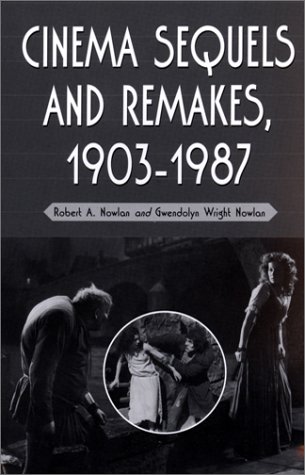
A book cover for Cinema Sequels and Remakes, 1903-1987; Robert A. Nowlan; Humor & Entertainment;